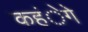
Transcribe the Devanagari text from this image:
कहंेगे